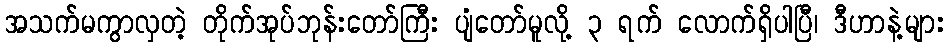
အသက်မကွာလှတဲ့ တိုက်အုပ်ဘုန်းတော်ကြီး ပျံတော်မူလို့ ၃ ရက် လောက်ရှိပါပြီ၊ ဒီဟာနဲ့များ